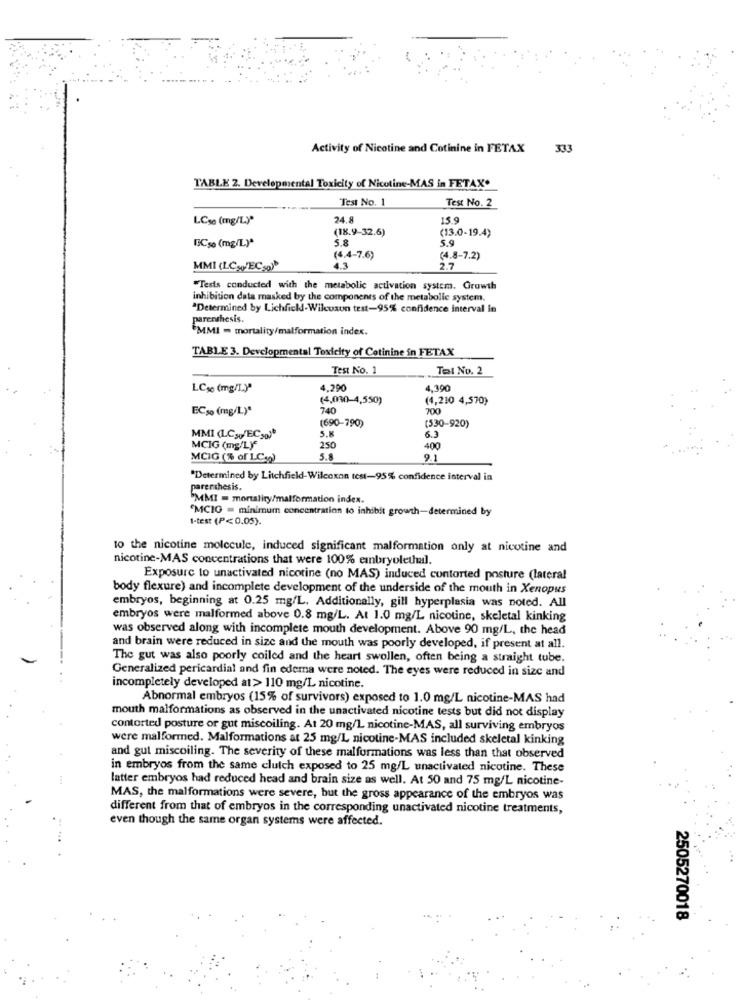
Activity of Nicotine and Cotinine in FETAX
333
TABLE 2. Developmental Toxicity of Nicotine-MAS in FETAX.
Test No. 1
Test No. 2
LCse (mg/L)"
24.8
15.9
(18.9-32.6)
(13.0-19.4)
5.8
5.9
FCso (mg/L)*
(4.4-7.6)
(4.8-7.2)
MMI (LCwEC30)
4.3
2.7
"Tests conducted with the metabolic activation system. Growth
inhibition data masked by the components of the metabolic system.
"Determined by Lichfield-Wilcoxun test-95% confidence interval in
parenthesis.
"MMI = mortality/malformation index.
TABLE 3. Developmental Toxicity of Cotinine in FETAX
Test No. 1
Tel No. 2
LC30 (mg/L.)"
4.290
4.390
(4,030-4,550)
(4,210 4,570)
ECso (mg/L)*
740
700
(690-790)
(530-920)
5.
MMI (LCa¡VEC30)*
6.3
MCIG (mg/LY
250
400
MCIG (% of LCyg)
5.8
9.1
"Determined by Litchfield-Wilcoxon test-95% confidence interval in
parenthesis.
5MMI = mortality/malformation index.
"MCIG = minimum concentration to inhibit growth-determined by
1-test (P<0.05).
to the nicotine molecule, induced significant malformation only at nicotine and
nicotine-MAS concentrations that were 100% embryolethal.
Exposure to unactivated nicotine (no MAS) induced contorted posture (lateral
body flexure) and incomplete development of the underside of the mouth in Xenopus
embryos, beginning at 0.25 mg/L. Additionally, gill hyperplasia was noted. All
embryos were malformed above 0.8 mg/L. At 1.0 mg/L nicotine, skeletal kinking
was observed along with incomplete mouth development. Above 90 mg/L, the head
and brain were reduced in size and the mouth was poorly developed, if present at all.
The gut was also poorly coiled and the heart swollen, often being a straight tube.
Generalized pericardial and fin edema were noted. The eyes were reduced in size and
incompletely developed at> 110 mg/L nicotine.
Abnormal embryos (15% of survivors) exposed to 1.0 mg/L nicotine-MAS had
mouth malformations as observed in the unactivated nicotine tests but did not display
contorted posture or gut miscoiling. At 20 mg/L nicotine-MAS, all surviving embryos
were malformed. Malformations at 25 mg/L nicotine-MAS included skeletal kinking
and gut miscoiling. The severity of these malformations was less than that observed
in embryos from the same clutch exposed to 25 mg/L unactivated nicotine. These
latter embryos had reduced head and brain size as well. At 50 and 75 mg/L nicotine-
MAS, the malformations were severe, but the gross appearance of the embryos was
different from that of embryos in the corresponding unactivated nicotine treatments,
even though the same organ systems were affected.
2505270018